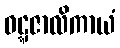
ဝဋ္ဋဇာလိကာယံ